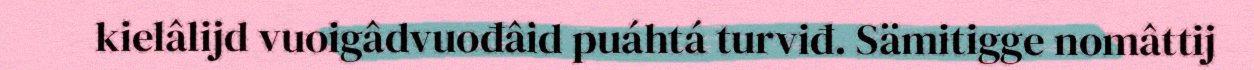
kielâlijd vuoigâdvuođâid puáhtá turviđ. Sämitigge nomâttij